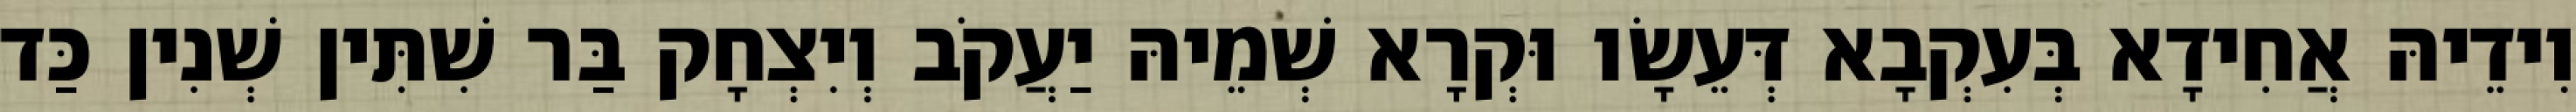
וִידֵיהּ אֲחִידָא בְּעִקְבָא דְּעֵשָׂו וּקְרָא שְׁמֵיהּ יַעֲקֹב וְיִצְחָק בַּר שִׁתִּין שְׁנִין כַּד